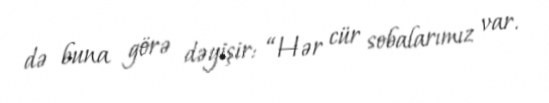
də buna görə dəyişir: “Hər cür sobalarımız var.